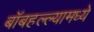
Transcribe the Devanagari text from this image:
बॉबहल्ल्यामध्ये